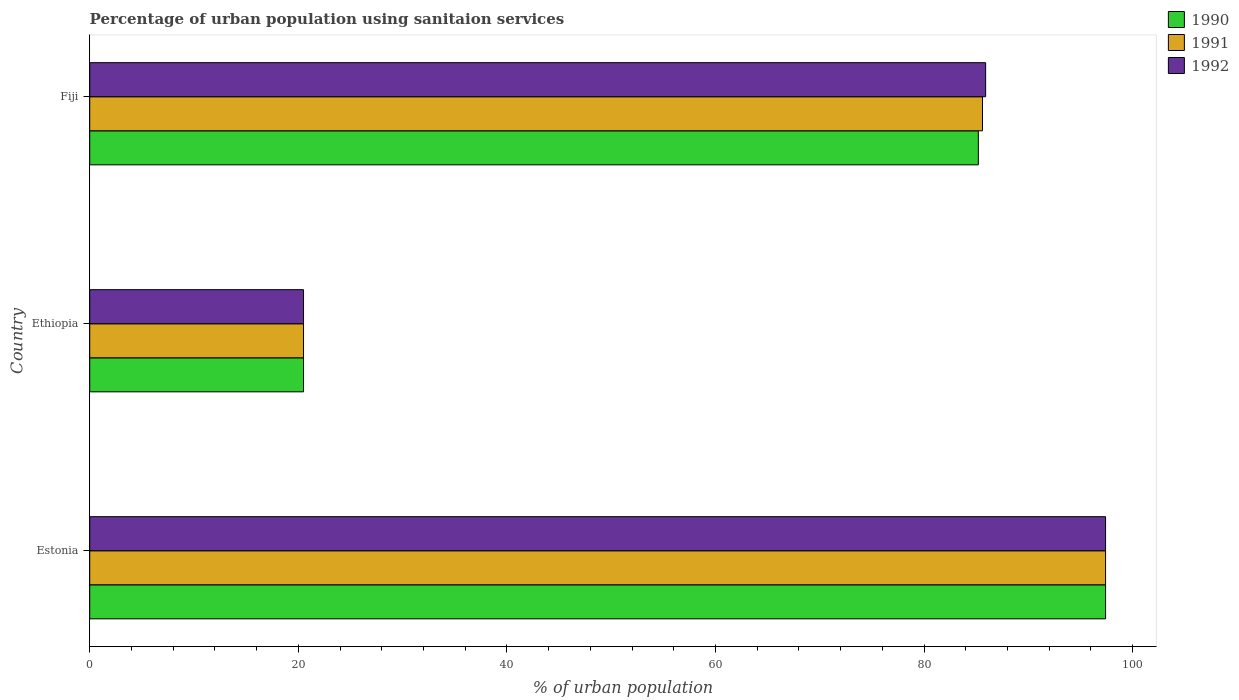
| Country | 1990 | 1991 | 1992 |
 | --- | --- | --- | --- |
 | Estonia | 97.4 | 97.4 | 97.4 |
 | Ethiopia | 20.5 | 20.5 | 20.5 |
 | Fiji | 85.2 | 85.6 | 85.9 |